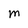
Character: M